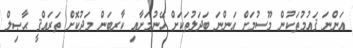
އަންނަ ޤައުމުތަކުން މޫސުމަށް އަންނަ ބަދަލުތަކަށް ހޭނުމަށާއި ކާރބަން މަދުކޮށް ތަރައްޤީ ޙާޞިލް